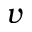
v